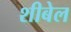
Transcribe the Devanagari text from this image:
शीबेल